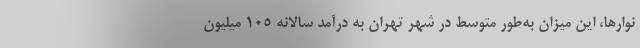
نوارها، این میزان به‌طور متوسط در شهر تهران به درآمد سالانه ۱۰۵ میلیون